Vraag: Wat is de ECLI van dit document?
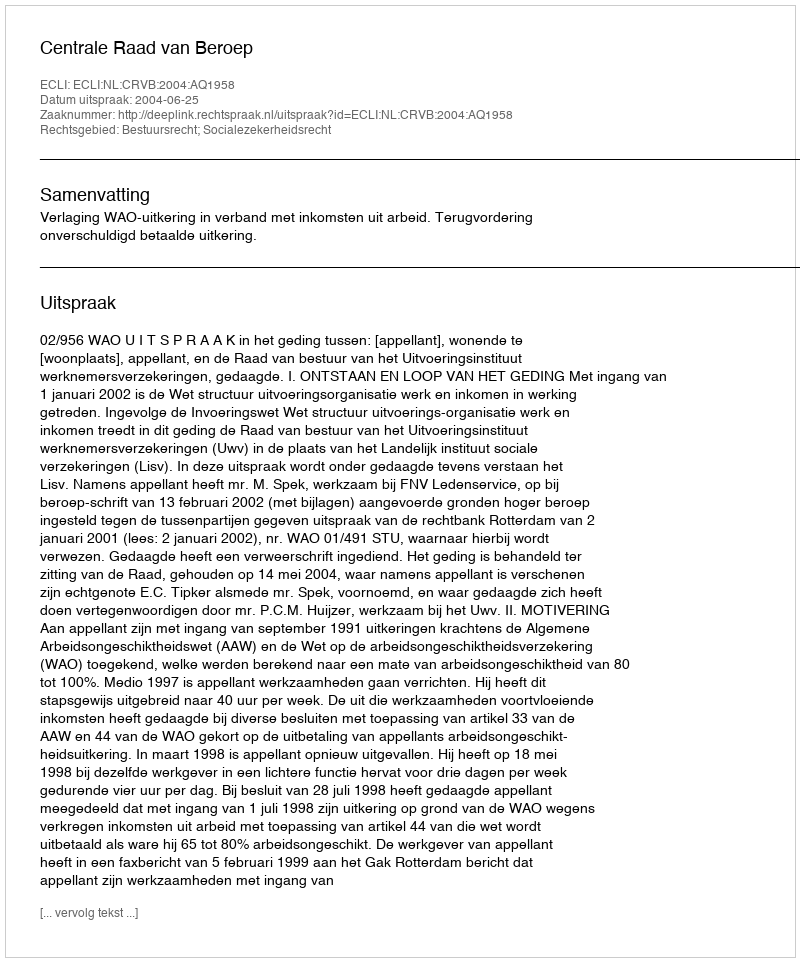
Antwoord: ECLI:NL:CRVB:2004:AQ1958